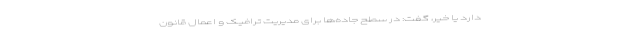
دارد یا خیر، گفت: در سطح جاده‌ها برای مدیریت ترافیک و اعمال قانون